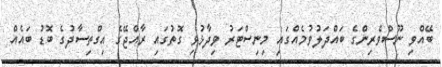
ބޭއްވި ނޫސްވެރިންގެ ބައްދަލުވުމެއްގައި މިނިސްޓަރު ވިދާޅުވި ގޮތުގައި ރާއްޖޭގެ އިގްތިސާދުގެ ބޮޑު ބައެއް